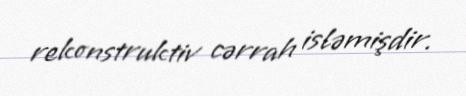
rekonstruktiv cərrah isləmişdir.